Reports on military cantonments and civil stations in the Presidency of Bombay inspected by the Sanitary Commissioner in the years 1875 and 1876
Year: 1875
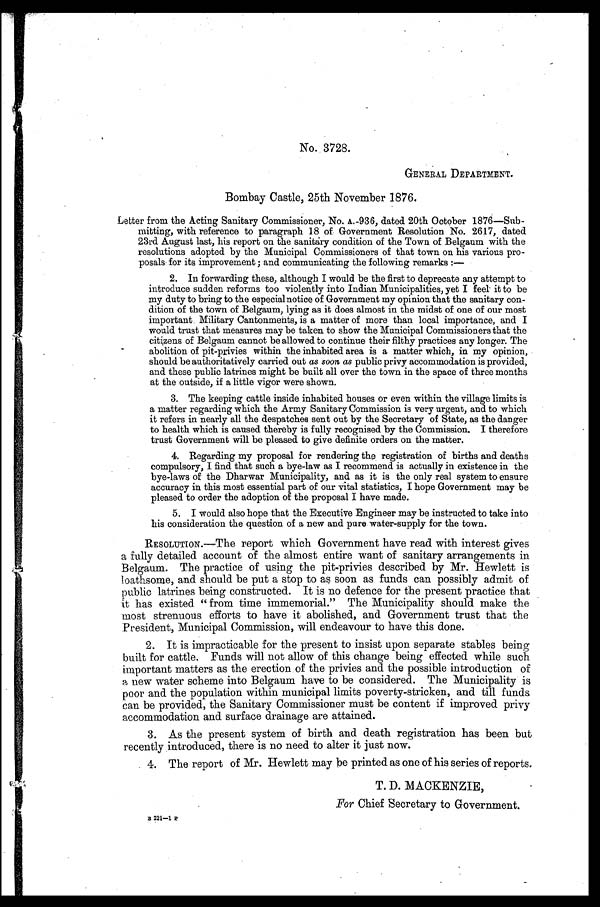
No. 3728.
GENERAL DEPARTMENT.
Bombay Castle, 25th November 1876.
Letter from the Acting Sanitary Commissioner, No. A.-936, dated 20th October 1876—Sub-
-mitting, with reference to paragraph 18 of Government Resolution No. 2617, dated
23rd August last, his report on the sanitary condition of the Town of Belgaum with the
resolutions adopted by the Municipal Commissioners of that town on his various pro-
posals for its improvement ; and communicating the following remarks :-
2. In forwarding these, although I would be the first to deprecate any attempt to
introduce sudden reforms too violently into Indian Municipalities, yet I feel it to be
my duty to bring to the especialnotice of Government my opinion that the sanitary con-
dition of the town of Belgaum, lying as it does almost in the midst of one of our most
important Military Cantonments, is a matter of more than local importance, and I
would trust that measures may be taken to show the Municipal Commissioners that the
citizens of Belgaum cannot be allowed to continue their filthy practices any longer. The
abolition of pit-privies within the inhabited area is a matter which, in my opinion,
should be authoritatively carried out as soon as public privy accommodation is provided,
and these public latrines might be built all over the town in the space of three months
at the outside, if a little vigor were shown.
3. The keeping cattle inside inhabited houses or even within the village limits is
a matter regarding which the Army Sanitary Commission is very urgent, and to which
it refers in nearly all the despatches sent out by the Secretary of State, as the danger
to health which is caused thereby is fully recognised by the Commission. I therefore
trust Government will be pleased to give definite orders on the matter.
4. Regarding my proposal for rendering the registration of births and deaths
compulsory, I find that such a bye-law as I recommend is actually in existence in the
bye-laws of the Dharwar Municipality, and as it is the only real system to ensure
accuracy in this most essential part of our vital statistics, I hope Government may be
pleased to order the adoption of the proposal I have made.
5. I would also hope that the Executive Engineer may be instructed to take into
his consideration the question of a new and pure water-supply for the town.
RESOLUTION.—The report which Government have read with interest gives
a fully detailed account of the almost entire want of sanitary arrangements in
Belgaum. The practice of using the pit-privies described by Mr. Hewlett is
loathsome, and should be put a stop to as soon as funds can possibly admit of
public latrines being constructed. It is no defence for the present practice that
it has existed " from time immemorial." The Municipality should make the
most strenuous efforts to have it abolished, and Government trust that the
President, Municipal Commission, will endeavour to have this done.
2. It is impracticable for the present to insist upon separate stables being
built for cattle. Funds will not allow of this change being effected while such
important matters as the erection of the privies and the possible introduction of
a new water scheme into Belgaum have to be considered. The Municipality is
poor and the population within municipal limits poverty-stricken, and till funds
can be provided, the Sanitary Commissioner must be content if improved privy
accommodation and surface drainage are attained.
3. As the present system of birth and death registration has been but
recently introduced, there is no need to alter it just now.
. 4. The report of Mr. Hewlett may be printed as one of his series of reports.
T. D. MACKENZIE,
For Chief Secretary to Government.s
8 221-i